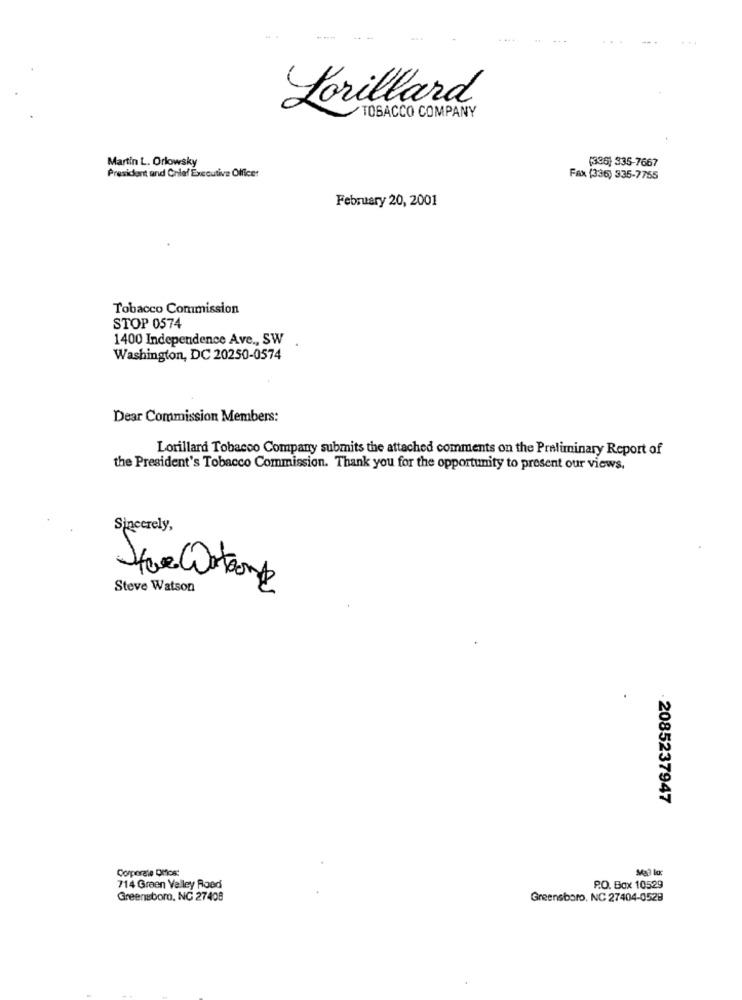
Lorillard
TOBACCO COMPANY
(336) 335-7667
Martin L. Orlowsky
President and Chief Executive Officer
Fax (336) 335-7755
February 20, 2001
Tobacco Commission
STOP 0574
1400 Independence Ave ., SW
Washington, DC 20250-0574
Dear Commission Members:
Lorillard Tobacco Company submits the attached comments on the Preliminary Report of
the President's Tobacco Commission. Thank you for the opportunity to present our views.
Sincerely,
15
Steve Watson
.
2085237947
Corporate Offost
714 Green Valley Roed
P.O. Box 10529
Greensboro, NG 27408
Greensboro, NC 27404-0529